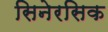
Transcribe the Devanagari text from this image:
सिनेरसिक